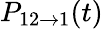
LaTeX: P_{12\rightarrow 1}(t)